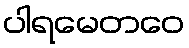
ပါရမေတဝေ